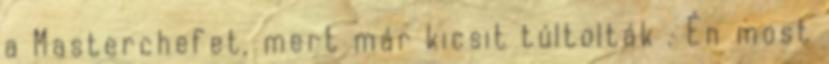
a Masterchefet, mert már kicsit túltolták . Én most